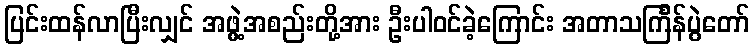
ပြင်းထန်လာပြီးလျှင် အဖွဲ့အစည်းတို့အား ဦးပါဝင်ခဲ့ကြောင်း အတာသင်္ကြန်ပွဲတော်